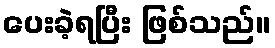
ပေးခဲ့ရပြီး ဖြစ်သည်။